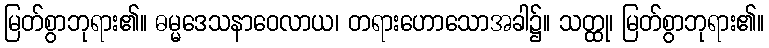
မြတ်စွာဘုရား၏။ ဓမ္မဒေသနာဝေလာယ၊ တရားဟောသောအခါ၌။ သတ္ထု၊ မြတ်စွာဘုရား၏။